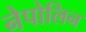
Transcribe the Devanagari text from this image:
नेपोलिन